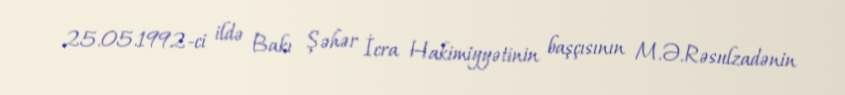
25.05.1992-ci ildə Bakı Şəhər İcra Hakimiyyətinin başçısının M.Ə.Rəsulzadənin